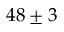
4 8 \pm 3